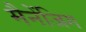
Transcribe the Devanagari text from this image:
मैनेंजिग